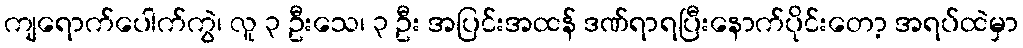
ကျရောက်ပေါက်ကွဲ၊ လူ ၃ ဦးသေ၊ ၃ ဦး အပြင်းအထန် ဒဏ်ရာရပြီးနောက်ပိုင်းတော့ အရပ်ထဲမှာ